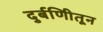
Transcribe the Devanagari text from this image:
दुर्बणिीतून